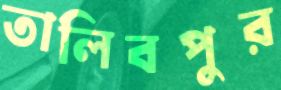
তালিবপুর